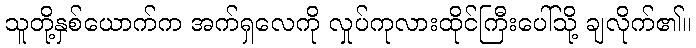
သူတို့နှစ်ယောက်က အက်ရှလေကို လှုပ်ကုလားထိုင်ကြီးပေါ်သို့ ချလိုက်၏။